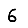
Digit: 6